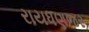
રાયધણજર